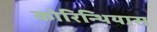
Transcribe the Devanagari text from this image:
कोरिन्थियास